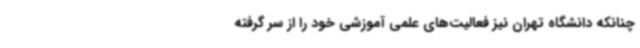
چنانکه دانشگاه تهران نیز فعالیت‌های علمی آموزشی خود را از سر گرفته